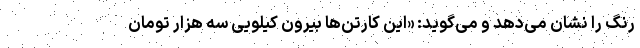
رنگ را نشان می‌دهد و می‌گوید: «این کارتن‌ها بیرون کیلویی سه هزار تومان